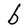
Character: b